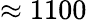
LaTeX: \approx 1100